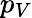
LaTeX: p_{V}